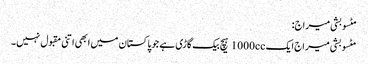
مٹسوبشی میراج:
مٹسوبشی میراج ایک 1000cc ہیچ بیک گاڑی ہے جو پاکستان میں ابھی اتنی مقبول نہیں۔